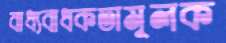
বাধ্যবাধকতামূলক